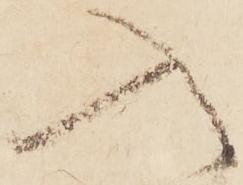
入